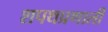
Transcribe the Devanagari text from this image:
शपथप्रणाली